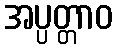
အပ္ပတ္တာဝ